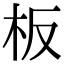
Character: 板